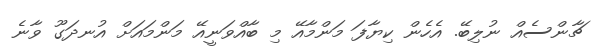
ޗާންސެއް ނުލިބޭ. އެހެން ކިޔާފަ މަންމާއޭ މި ބާއްވަނީއޭ މަންމައަށް އުނދަގޫ ވާނެ